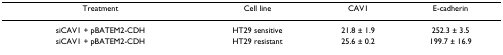
| Treatment | Cell line | CAV1 | E-cadherin |
 | --- | --- | --- | --- |
 | siCAV1 + pBATEM2-CDH | HT29 sensitive | 21.8 ± 1.9 | 252.3 ± 3.5 |
 | siCAV1 + pBATEM2-CDH | HT29 resistant | 25.6 ± 0.2 | 199.7 ± 16.9 |